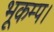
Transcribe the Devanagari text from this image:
भूकम्प।